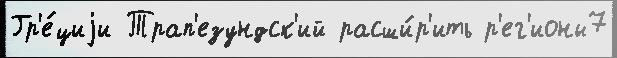
Гр'е́циjи Трап'езундск'ий расши́р'ить р'ег'ионы7